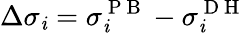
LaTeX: \Delta\sigma_{\mathit{i}}=\sigma_{\mathit{i}}^{\mathrm{{~P~B~}}}-\sigma_{\mathit{i}}^{\mathrm{{~D~H~}}}